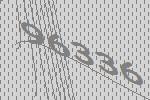
96336